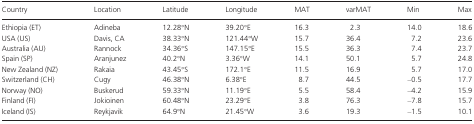
<table><thead><tr><td><b>Country</b></td><td><b>Location</b></td><td><b>Latitude</b></td><td><b>Longitude</b></td><td><b>MAT</b></td><td><b>varMAT</b></td><td><b>Min</b></td><td><b>Max</b></td></tr></thead><tbody><tr><td>Ethiopia (ET)</td><td>Adineba</td><td>12.28°N</td><td>39.20°E</td><td>16.3</td><td>2.3</td><td>14.0</td><td>18.6</td></tr><tr><td>USA (US)</td><td>Davis, CA</td><td>38.33°N</td><td>121.44°W</td><td>15.7</td><td>36.4</td><td>7.2</td><td>23.6</td></tr><tr><td>Australia (AU)</td><td>Rannock</td><td>34.36°S</td><td>147.15°E</td><td>15.5</td><td>36.3</td><td>7.4</td><td>23.7</td></tr><tr><td>Spain (SP)</td><td>Aranjunez</td><td>40.2°N</td><td>3.36°W</td><td>14.1</td><td>50.1</td><td>5.7</td><td>24.8</td></tr><tr><td>New Zealand (NZ)</td><td>Rakaia</td><td>43.45°S</td><td>172.1°E</td><td>11.5</td><td>16.9</td><td>5.7</td><td>17.0</td></tr><tr><td>Switzerland (CH)</td><td>Cugy</td><td>46.38°N</td><td>6.38°E</td><td>8.7</td><td>44.5</td><td>–0.5</td><td>17.7</td></tr><tr><td>Norway (NO)</td><td>Buskerud</td><td>59.33°N</td><td>11.19°E</td><td>5.5</td><td>58.4</td><td>–4.2</td><td>15.9</td></tr><tr><td>Finland (FI)</td><td>Jokioinen</td><td>60.48°N</td><td>23.29°E</td><td>3.8</td><td>76.3</td><td>–7.8</td><td>15.7</td></tr><tr><td>Iceland (IS)</td><td>Reykjavik</td><td>64.9°N</td><td>21.45°W</td><td>3.6</td><td>19.3</td><td>–1.5</td><td>10.1</td></tr></tbody></table>